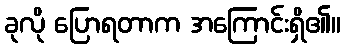
ခုလို ပြောရတာက အကြောင်းရှိ၏။